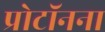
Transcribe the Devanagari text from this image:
प्रोटॉनना